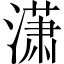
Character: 潇